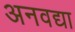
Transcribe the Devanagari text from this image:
अनवद्या